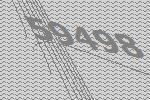
59498